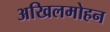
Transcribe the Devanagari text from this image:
अखिलमोहन